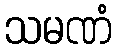
သမဏံ